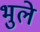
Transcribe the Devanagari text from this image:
भुले